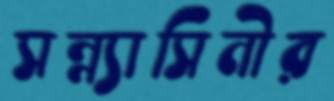
সন্ন্যাসিনীর